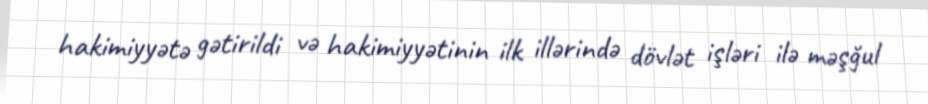
hakimiyyətə gətirildi və hakimiyyətinin ilk illərində dövlət işləri ilə məşğul